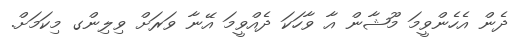
ދެން އެހެންވީމަ މޫޝާން އާ ވާހަކަ ދެއްވީމަ އޭނާ ވަރަށް ވިލިންގ މިކަމަށް.